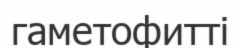
гаметофитті